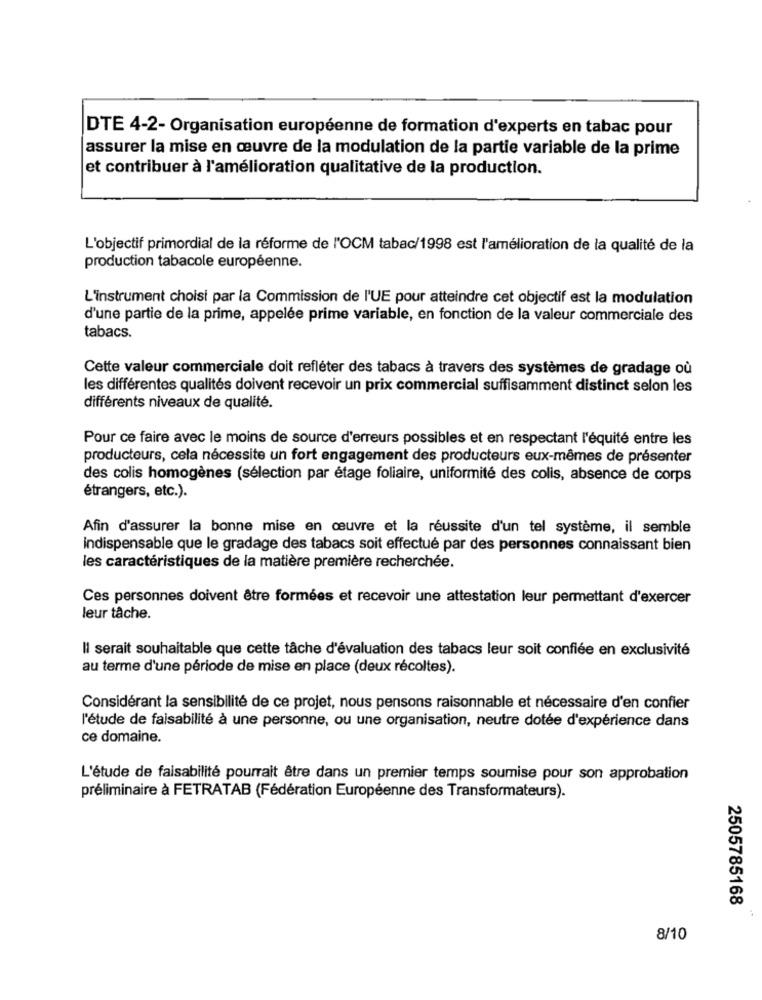
DTE 4-2- Organisation européenne de formation d'experts en tabac pour
assurer la mise en œuvre de la modulation de la partie variable de la prime
et contribuer à l'amélioration qualitative de la production.
L'objectif primordial de la réforme de l'OCM tabac/1998 est l'amélioration de la qualité de la
production tabacole européenne.
L'instrument choisi par la Commission de l'UE pour atteindre cet objectif est la modulation
d'une partie de la prime, appelée prime variable, en fonction de la valeur commerciale des
tabacs.
Cette valeur commerciale doit refléter des tabacs à travers des systèmes de gradage où
les différentes qualités doivent recevoir un prix commercial suffisamment distinct selon les
différents niveaux de qualité.
Pour ce faire avec le moins de source d'erreurs possibles et en respectant l'équité entre les
producteurs, cela nécessite un fort engagement des producteurs eux-mêmes de présenter
des colis homogènes (sélection par étage foliaire, uniformité des colis, absence de corps
étrangers, etc.).
Afin d'assurer la bonne mise en œuvre et la réussite d'un tel système, il semble
indispensable que le gradage des tabacs soit effectué par des personnes connaissant bien
les caractéristiques de la matière première recherchée.
Ces personnes doivent être formées et recevoir une attestation leur permettant d'exercer
leur tâche.
Il serait souhaitable que cette tâche d'évaluation des tabacs leur soit confiée en exclusivité
au terme d'une période de mise en place (deux récoltes).
Considérant la sensibilité de ce projet, nous pensons raisonnable et nécessaire d'en confier
l'étude de faisabilité à une personne, ou une organisation, neutre dotée d'expérience dans
ce domaine.
L'étude de faisabilité pourrait être dans un premier temps soumise pour son approbation
préliminaire à FETRATAB (Fédération Européenne des Transformateurs).
2505785168
8/10